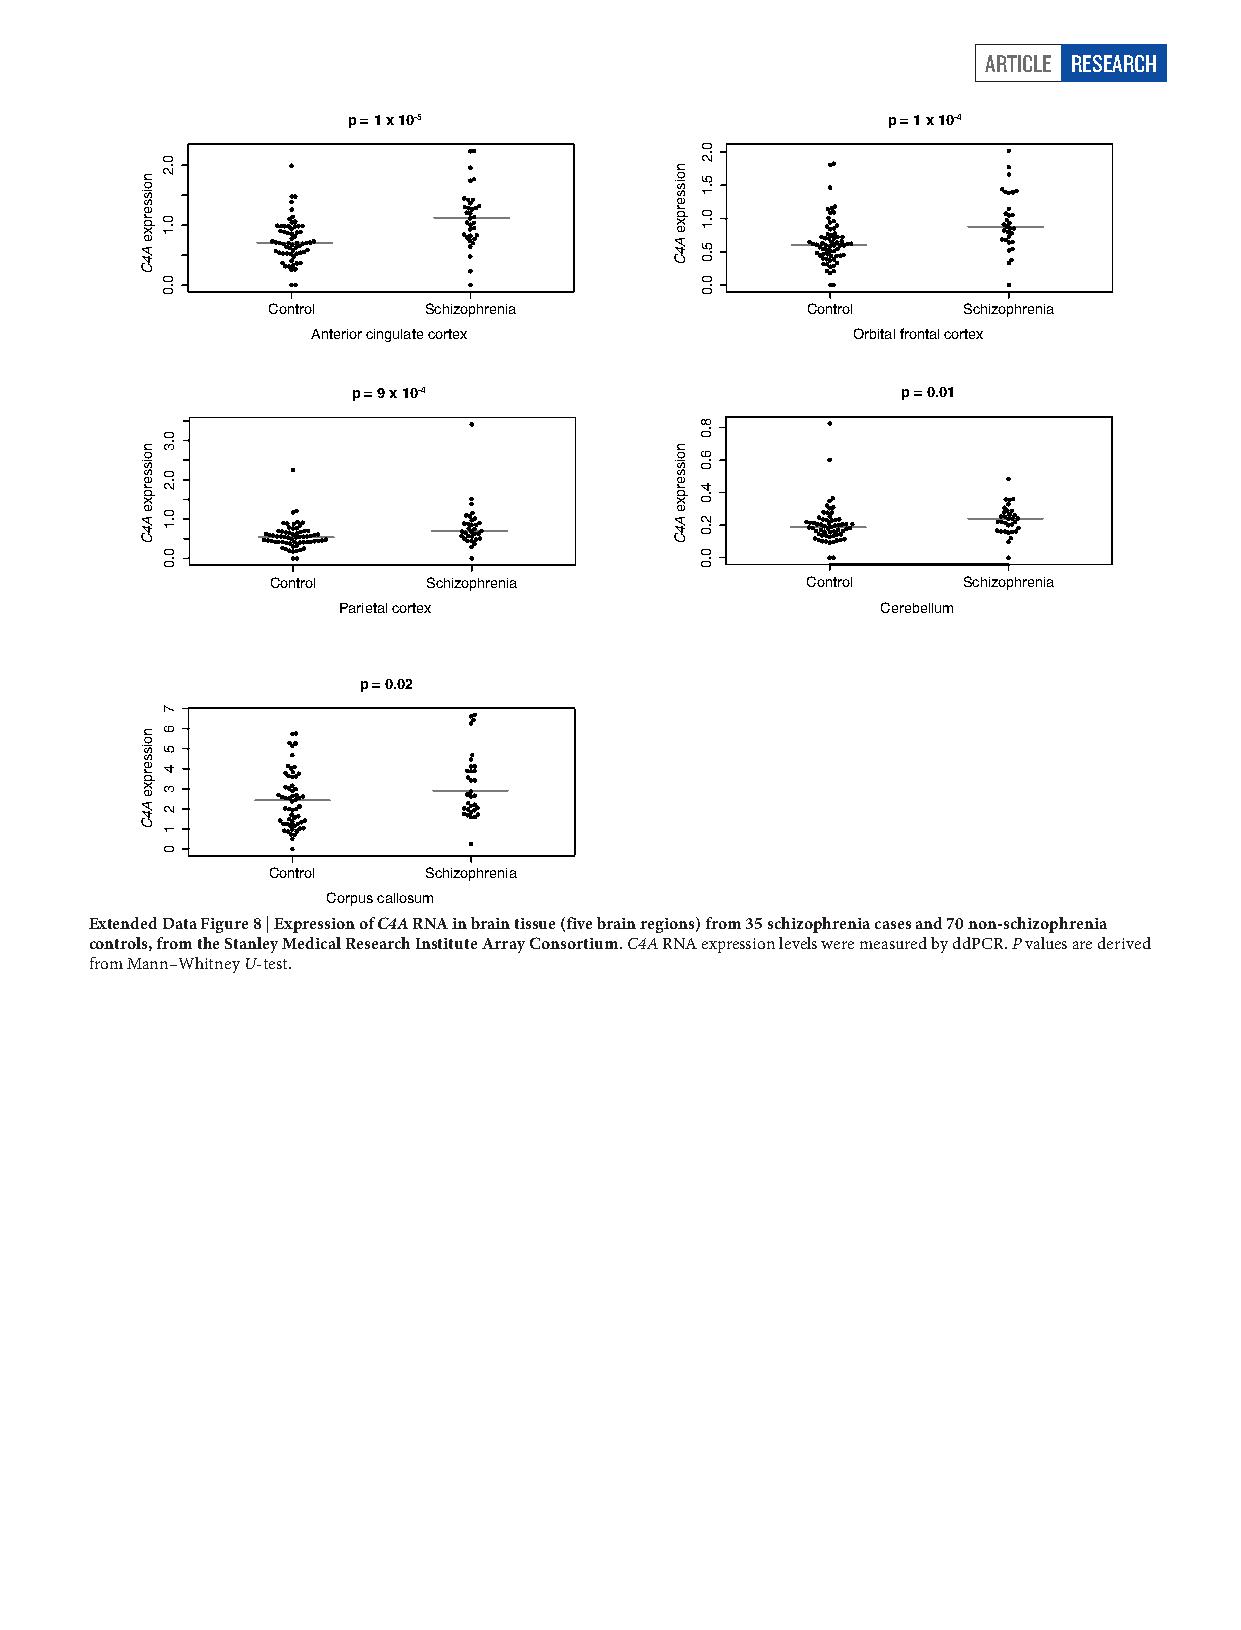
ARTICLE RESEARCH
 p = 1 x 10-5                        p = 1 x 10-4
 Control   Schizophrenia            Control    Schizophrenia
 Anterior cingulate cortex          Orbital frontal cortex
 p = 9 x 10-4                         p = 0.01
 Control   Schizophrenia            Control    Schizophrenia
 Parietal cortex                     Cerebellum
 p = 0.02
 Control   Schizophrenia
 Corpus callosum
 Extended Data Figure 8 | Expression of C4A RNA in brain tissue (five brain regions) from 35 schizophrenia cases and 70 non-schizophrenia
 controls, from the Stanley Medical Research Institute Array Consortium. C4A RNA expression levels were measured by ddPCR. P values are derived
 from Mann–Whitney U-test.
 noisserpxe
 A4C
 noisserpxe
 A4C
 noisserpxe
 A4C
 0.2
 0.1
 0.0
 0.3
 0.2
 0.1
 0.0
 7
 6
 5
 4
 3
 2
 1
 0
 noisserpxe
 A4C
 noisserpxe
 A4C
 0.2
 5.1
 0.1
 5.0
 0.0
 8.0
 6.0
 4.0
 2.0
 0.0